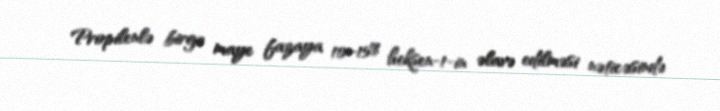
Propilenlə birgə maye fazaya 10–15% heksen-1-in əlavə edilməsi nəticəsində